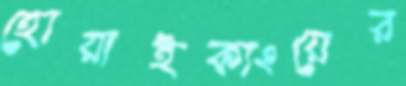
হোয়াইক্যংয়ের